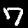
Label: 7